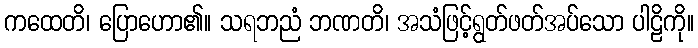
ကထေတိ၊ ပြောဟော၏။ သရဘညံ ဘဏတိ၊ အသံဖြင့်ရွတ်ဖတ်အပ်သော ပါဠိကို။